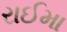
રાઈમા